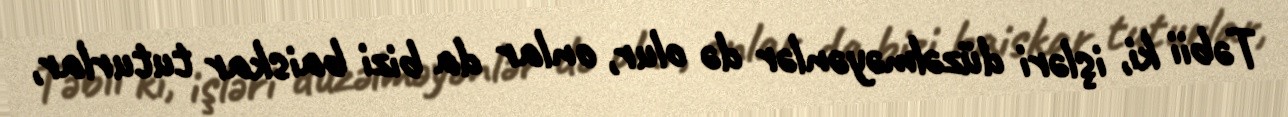
Təbii ki, işləri düzəlməyənlər də olur, onlar da bizi baiskar tuturlar,